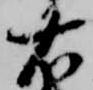
右